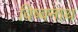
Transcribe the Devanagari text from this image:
विष्वनाथ